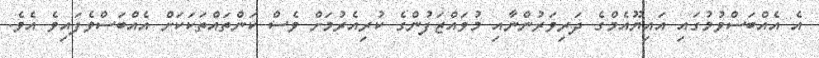
އެ އެއްބަސްވުމުގައި އައިޔޫއެމްގެ ދަރިވަރުންނާއި މުވައްޒަފުންގެ ކުރިއެރުމަށް ވެސް ކަންތައްތަކަކަށް އެއްބަސްވެފައިވެ އެވެ.